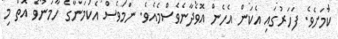
ކަމަށެވެ. ފަހަރުގައި އެކަން އެހެން އޮވެދާނެވެސްމެއެވެ. ނަމަވެސް އެކަމަނާގެ ހާމަނުވެ އޮތް މި